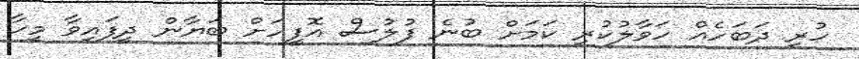
ހުރި ދަބަހެއް ހަވާލުކުރި ކަމަށް ބުނެ ފުލުސް އޮފީހަށް ބަޔާން ދީފައިވާ މީހާ